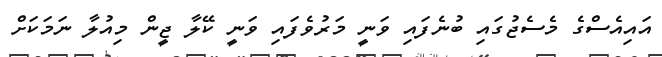
އައިއެސްގެ މެސެޖުގައި ބުނެފައި ވަނީ މަރުވެފައި ވަނީ ކޭލާ ޖީން މިއުލާ ނަމަކަށް